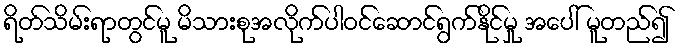
ရိတ်သိမ်းရာတွင်မူ မိသားစုအလိုက်ပါဝင်ဆောင်ရွက်နိုင်မှု အပေါ် မူတည်၍